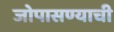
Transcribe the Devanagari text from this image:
जोपासण्याची